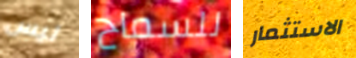
ليس للسماح الاستثمار